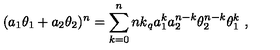
( a _ { 1 } \theta _ { 1 } + a _ { 2 } \theta _ { 2 } ) ^ { n } = \sum _ { k = 0 } ^ { n } { \binom { n } { k } } _ { q } a _ { 1 } ^ { k } a _ { 2 } ^ { n - k } \theta _ { 2 } ^ { n - k } \theta _ { 1 } ^ { k } \ ,